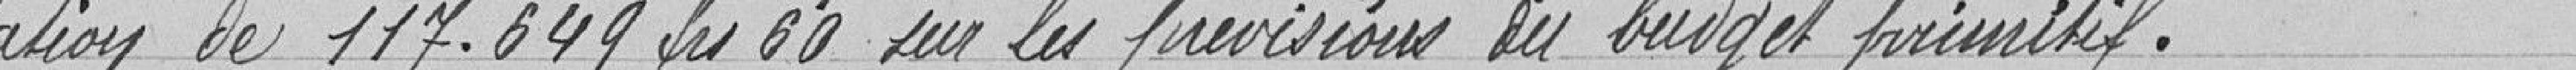
en augmentation de 117.649,60 francs sur les prévisions du budget primitif.